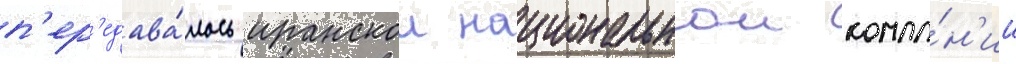
п'ер'едава́лось иранскои национальнои компа́н'ии